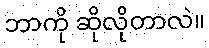
ဘာကို ဆိုလိုတာလဲ။